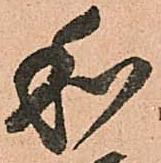
和